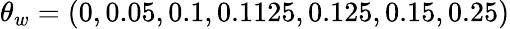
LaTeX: \theta_{w}=(0,0.05,0.1,0.1125,0.125,0.15,0.25)